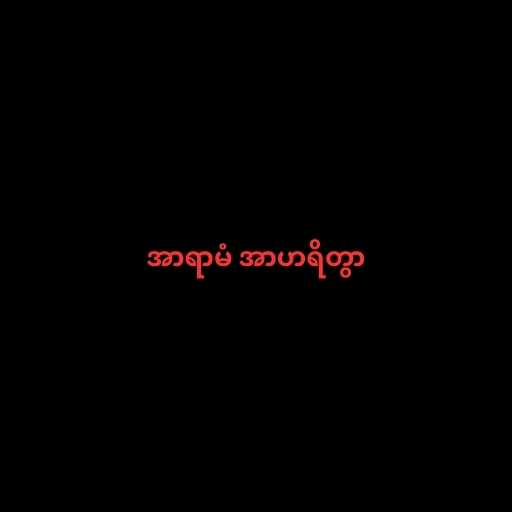
အာရာမံ အာဟရိတွာ